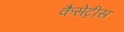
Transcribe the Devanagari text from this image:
कैसेट्रीस